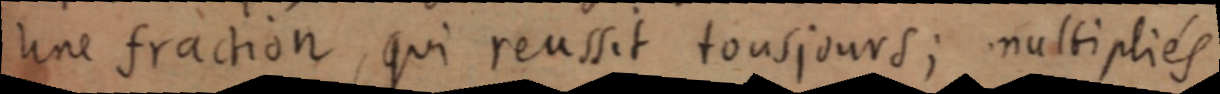
une fraction, qui reussit tousjours; multipliés